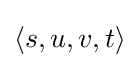
\langle s,u,v,t\rangle